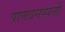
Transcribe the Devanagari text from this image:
पाणवनस्पती